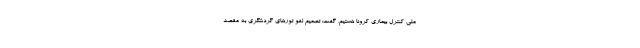
ملی کنترل بیماری کرونا هستیم، گفت: تصمیم لغو تورهای گردشگری به مقصد